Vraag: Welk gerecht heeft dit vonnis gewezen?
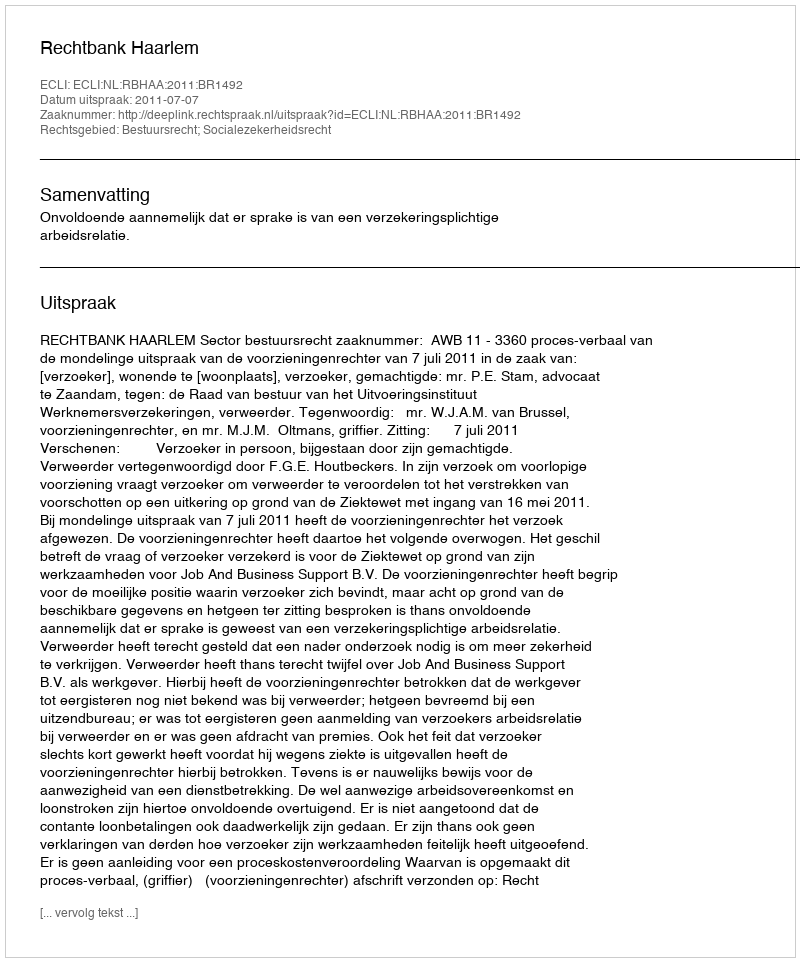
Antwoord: Rechtbank Haarlem